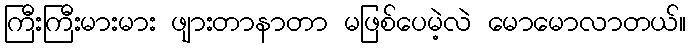
ကြီးကြီးမားမား ဖျားတာနာတာ မဖြစ်ပေမဲ့လဲ မောမောလာတယ်။